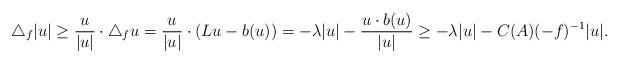
LaTeX: \begin{align*} \triangle_f |u| \geq \frac{u}{|u|} \cdot \triangle_f u = \frac{u}{|u|} \cdot (Lu - b(u))= - \lambda |u| - \frac{u \cdot b(u)}{|u|}\geq - \lambda |u| - C(A) (-f)^{-1} |u|. \end{align*}